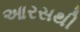
આરસથી